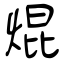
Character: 焜